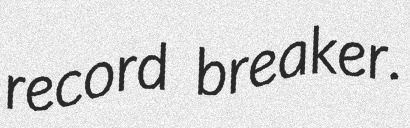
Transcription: record breaker.